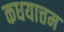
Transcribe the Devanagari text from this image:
कधयात्तम